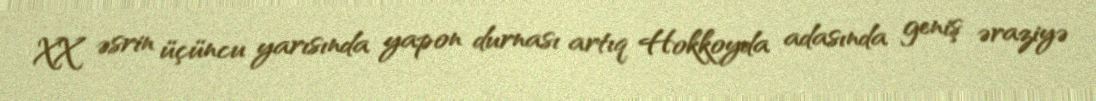
XX əsrin üçüncu yarısında yapon durnası artıq Hokkoyda adasında geniş əraziyə